Civil Veterinary Dept. Bombay admin report 1932-41 - 1932-1941
Year: 1932
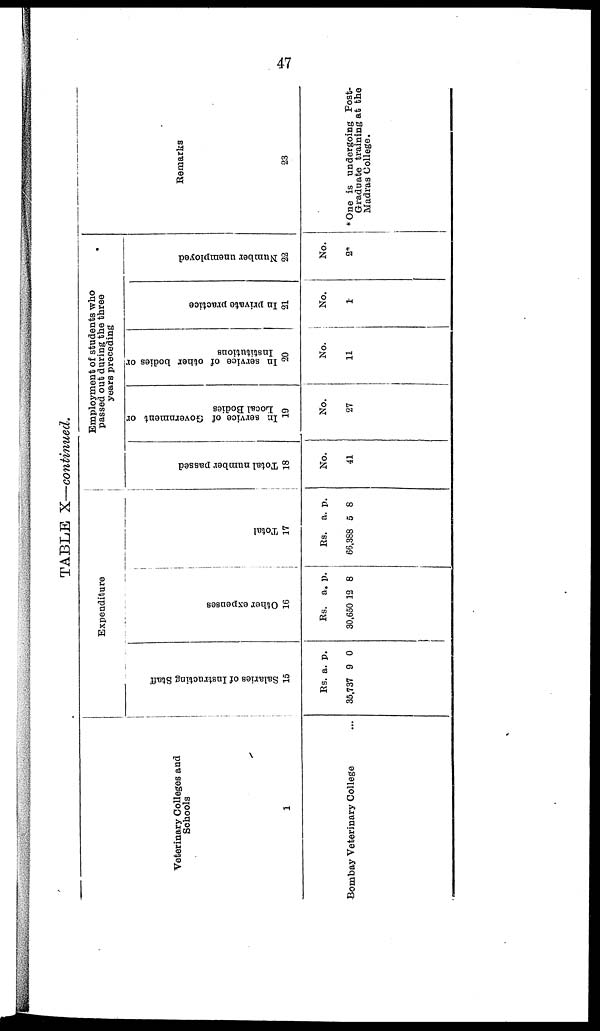
47
TABLE X—continued.
Veterinary Colleges and
Schools
1
Bombay Veterinary College ...
Expenditure
Salaries of Instructing Staff
15
Rs.
35,737
a.
9
p.
0
Ot her expenses
16
Rs.
30,650
a.
12
p.
8
Total
17
Rs.
66,388
a.
5
p.
8
Employment of students who
passed out during the three
years preceding
Total number passed
18
No.
41
In service of Government or
Local Bodies
19
No.
27
In service of other bodies or
Institutions
20
No.
11
In private practice
21
No.
1
Number unemployed
22
No.
2*
Remarks
23
* One is undergoing Post-
Graduate training at the
Madras College.